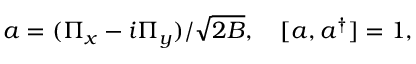
a = ( \Pi _ { x } - i \Pi _ { y } ) / \sqrt { 2 B } , \ \ \ [ a , a ^ { \dagger } ] = 1 ,